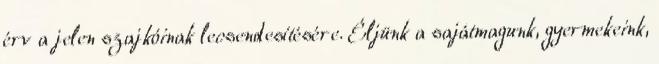
érv a jelen szajkóinak lecsendesítésére. Éljünk a sajátmagunk, gyermekeink,